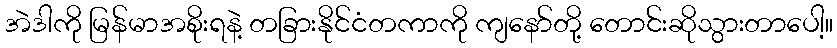
အဲဒါကို မြန်မာအစိုးရနဲ့ တခြားနိုင်ငံတကာကို ကျနော်တို့ တောင်းဆိုသွားတာပေါ့။